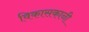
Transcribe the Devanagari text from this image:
विकासकानी